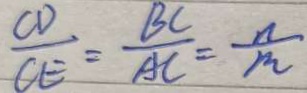
\frac { C D } { C E } = \frac { B C } { A C } = \frac { n } { m }